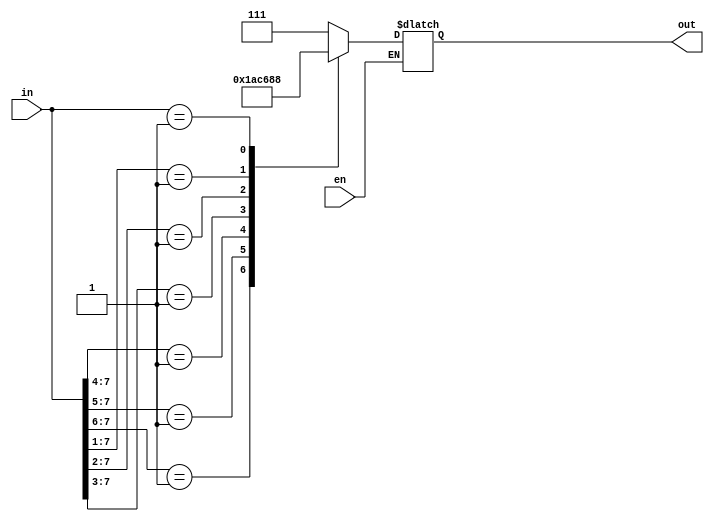
`timescale 1ns / 1ps


module top_8x3_Priority_Encoder_Beh(en,in,out);
input en;              // active low enable input
input [7:0]in;         // encoder input
output reg [2:0]out;   // encoder output

always @(en,in)
begin
  if(!en)
  begin
    casex(in) 
       8'b1xxxxxxx : out=7;
       8'b01xxxxxx : out=6;
       8'b001xxxxx : out=5;
       8'b0001xxxx : out=4; 
       8'b00001xxx : out=3;
       8'b000001xx : out=2;
       8'b0000001x : out=1;
       8'b00000001 : out=0;    
       default :
        begin
          out = 3'bx;
        end
    endcase      
   end
end
endmodule